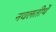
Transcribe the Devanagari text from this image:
नवलतीर्थे